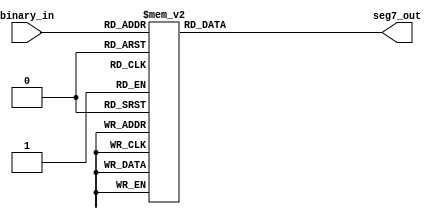
module bit_3_to_seg7 (
	input [2:0] binary_in,  // 3
	output reg [6:0] seg7_out    // 7
);

always @(*) begin
	// 37
	case (binary_in)
		3'b000: seg7_out = 7'b1000000;  // 0
		3'b001: seg7_out = 7'b1111001;  // 1
		3'b010: seg7_out = 7'b0100100;  // 2
		3'b011: seg7_out = 7'b0110000;  // 3
		3'b100: seg7_out = 7'b0011001;  // 4
		3'b101: seg7_out = 7'b0010010;  // 5
		3'b110: seg7_out = 7'b0000010;  // 6
		3'b111: seg7_out = 7'b1111000;  // 7
	endcase
end

endmodule